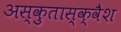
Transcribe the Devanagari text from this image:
अस्कुतास्क्वैश